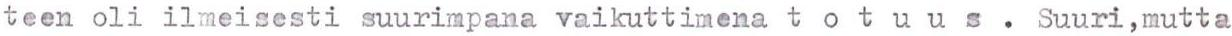
teen oli ilmeisesti suurimpana vaikuttimena t o t u u s . Suuri,mutta